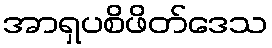
အာရှပစိဖိတ်ဒေသ